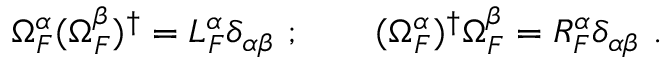
\Omega _ { F } ^ { \alpha } ( \Omega _ { F } ^ { \beta } ) ^ { \dagger } = L _ { F } ^ { \alpha } \delta _ { \alpha \beta } \ ; \qquad ( \Omega _ { F } ^ { \alpha } ) ^ { \dagger } \Omega _ { F } ^ { \beta } = R _ { F } ^ { \alpha } \delta _ { \alpha \beta } \ .